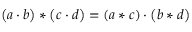
\left( a \cdot b \right) * \left( c \cdot d \right) = \left( a * c \right) \cdot \left( b * d \right)